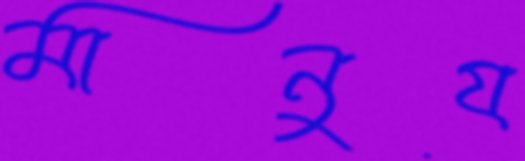
মানুয